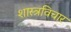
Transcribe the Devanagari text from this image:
शास्त्रविचार